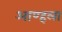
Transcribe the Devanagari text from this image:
आण्हला